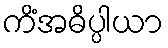
ကိံအဓိပ္ပါယာ